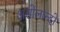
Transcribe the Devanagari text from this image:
असोलान्दो